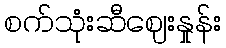
စက်သုံးဆီဈေးနှုန်း